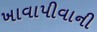
ખાવાપીવાની